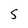
Character: 5